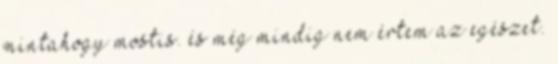
mintahogy mostis. és még mindig nem értem az egészet.